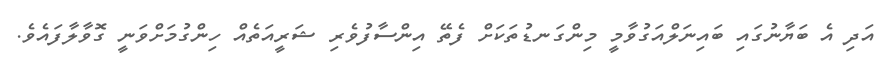
އަދި އެ ބަޔާނުގައި ބައިނަލްއަގުވާމީ މިންގަނޑުތަކަށް ފެތޭ އިންސާފުވެރި ޝަރީއަތެއް ހިންގުމަށްވަނީ ގޮވާލާފައެވެ.